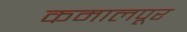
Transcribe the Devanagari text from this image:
कमालपूर